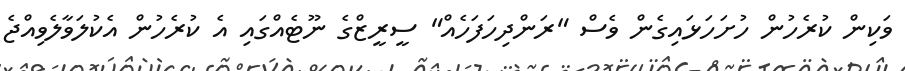
ވަކިން ކުރެހުން ހުށަހަޅައިގެން ވެސް "ރަންދިހަފަހެއް" ސީރީޒްގެ ނޫޓެއްގައި އެ ކުރެހުން އެކުލަވާލެވިއްޖެ